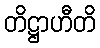
တိဋ္ဌာဟီတိ